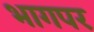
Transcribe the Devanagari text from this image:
भागपर